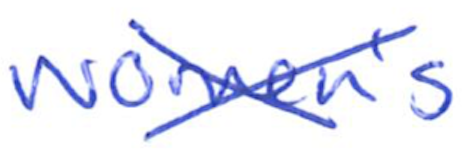
Text: women's
Cross-out: cross
Writing tool: ballpoint